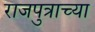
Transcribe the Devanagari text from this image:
राजपुत्राच्या